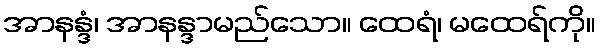
အာနန္ဒံ၊ အာနန္ဒာမည်သော။ ထေရံ၊ မထေရ်ကို။